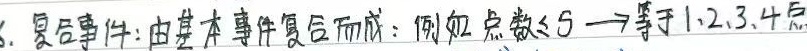
6. 复合事件：由基本事件复合而成：例如点数$\leq 5$ $\to$ 等于1、2、3、4点。